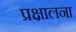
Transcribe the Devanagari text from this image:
प्रक्षालना